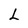
Character: L